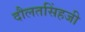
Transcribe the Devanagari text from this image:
दौलतसिंहजी